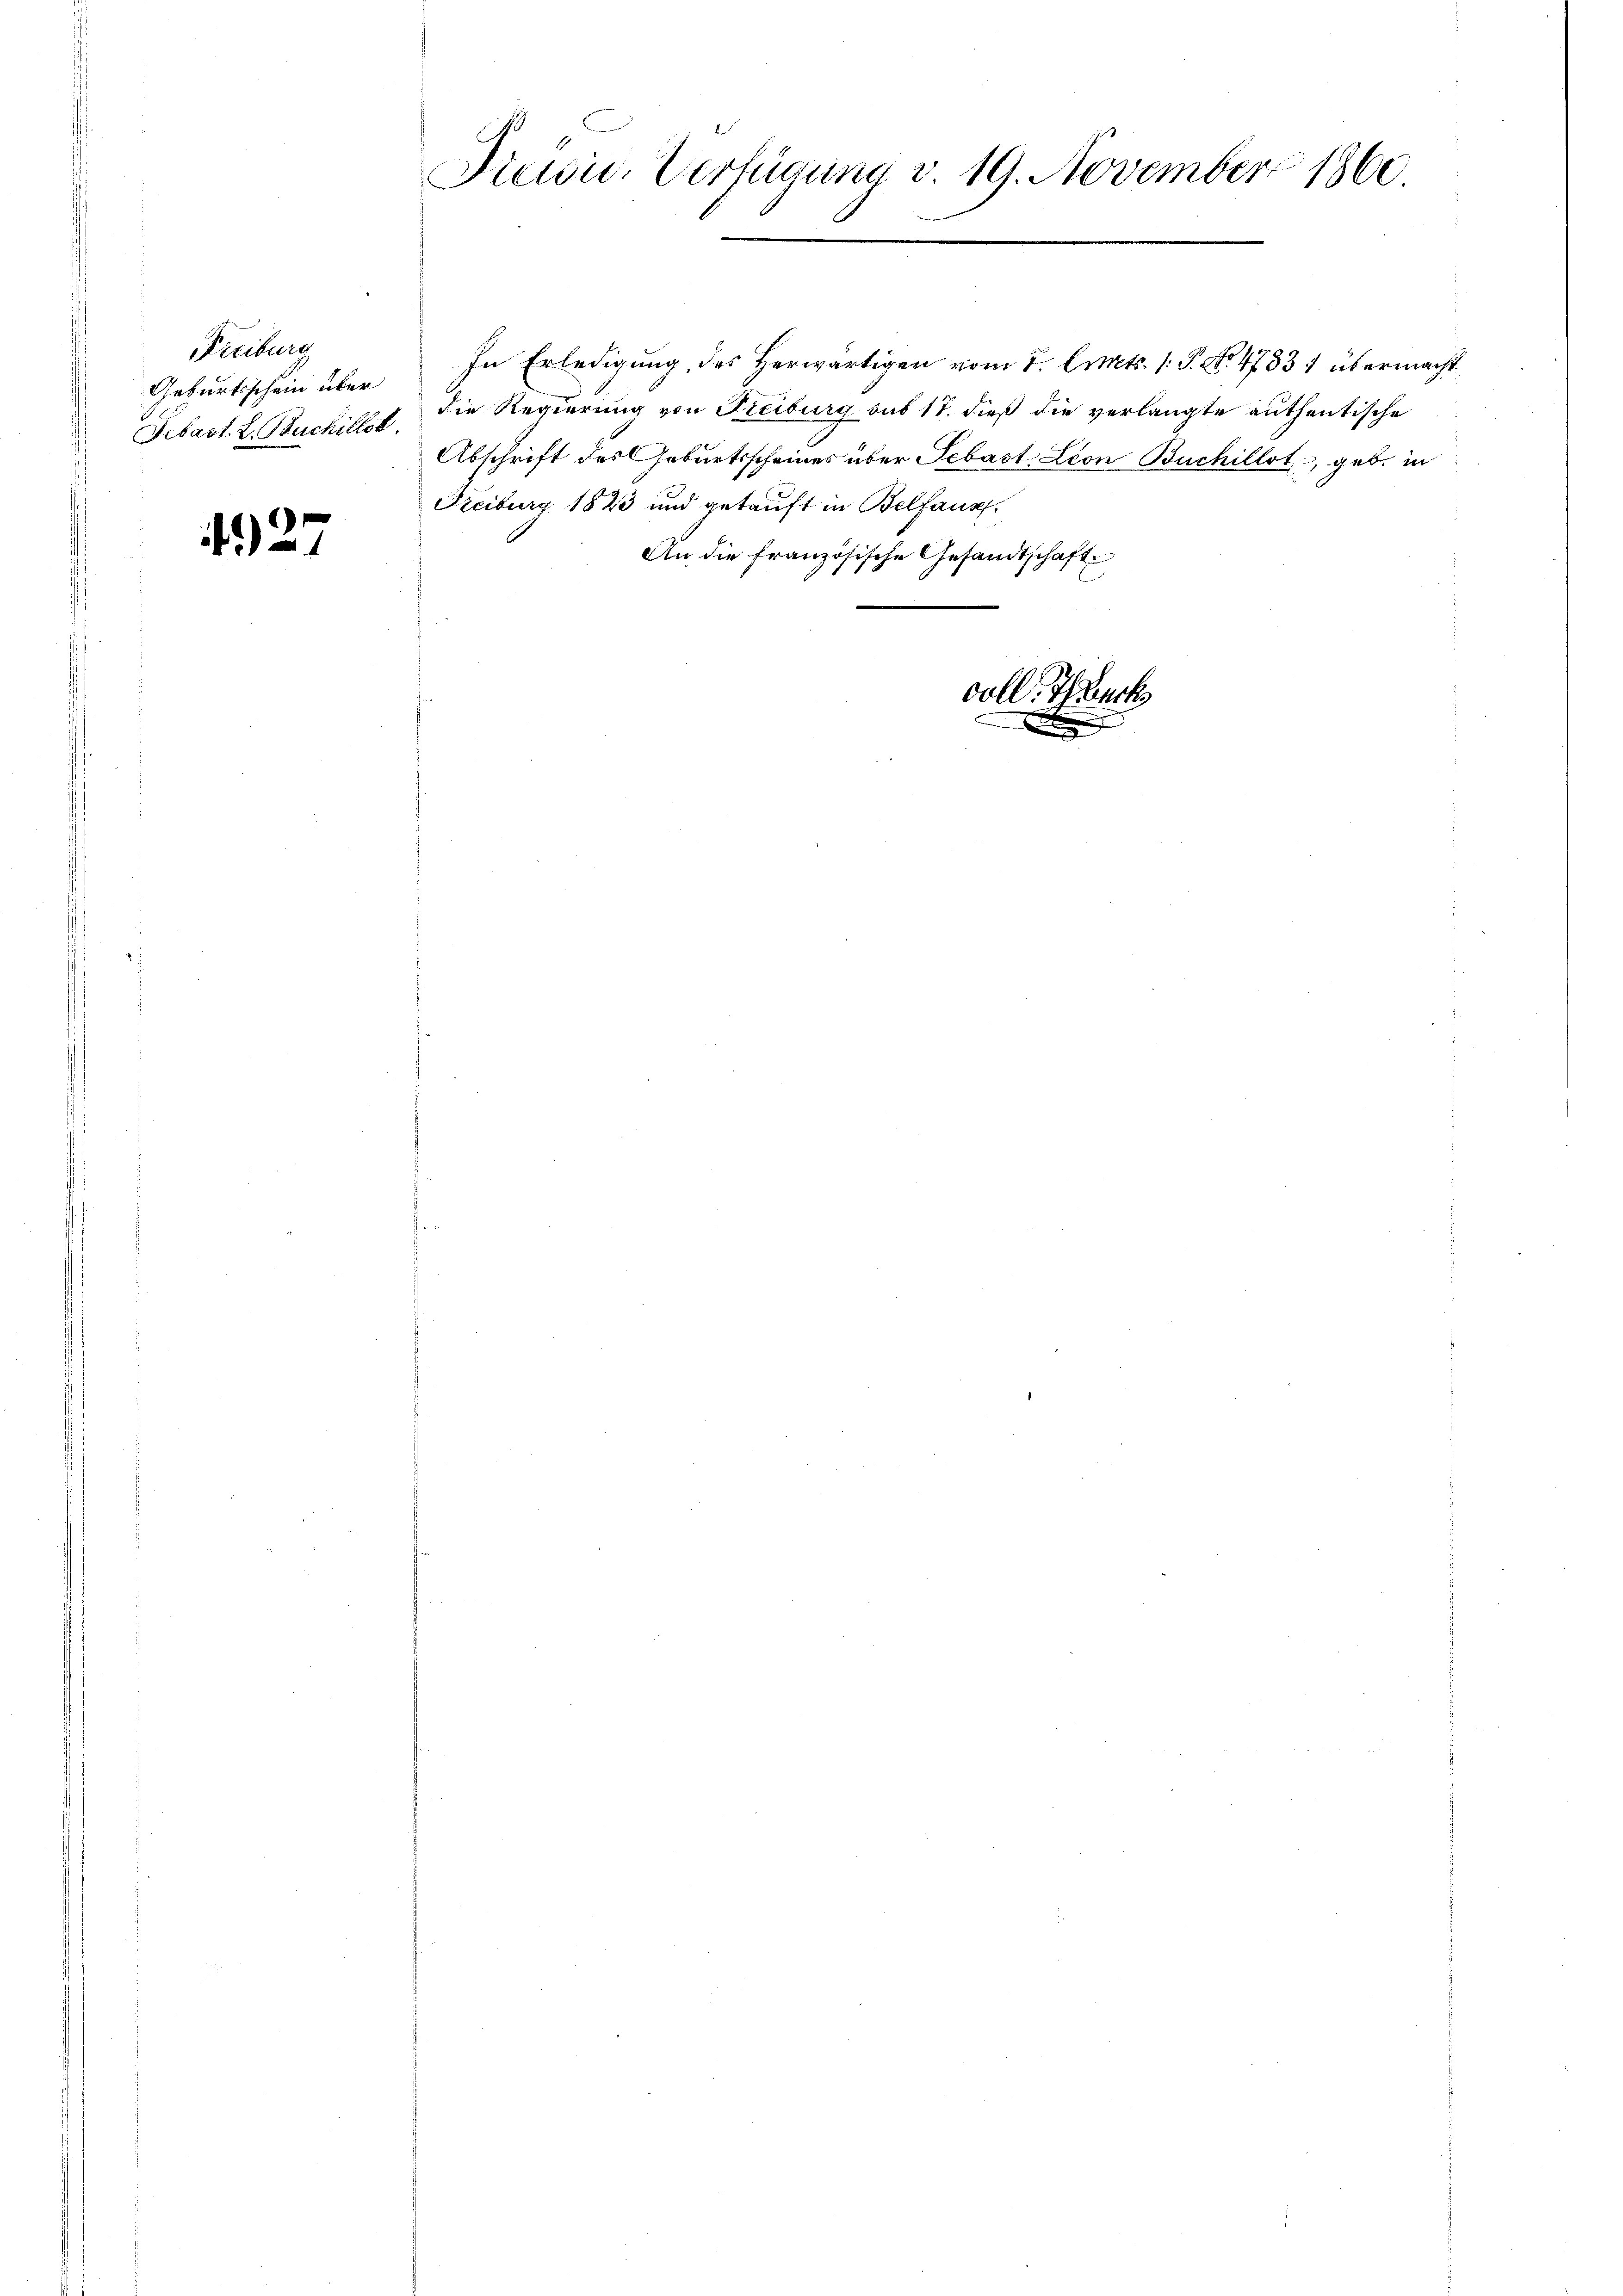
Freibung
Geburtsschein über
Febast. L. Buchillet.

427

be
1
Preisie-Verfügung v. 19. November 1860

Freiburg 1823 und getauft in Belfang
An die französische Gesandtschaft
voll. Thurk

In Erledigung des Herwärtigen vom 7. Cts. 1. P. Nr. 4783 1 übermacht
die Regierung von Freiburg sub 17. dieß die verlangte authentische
Abschrift des Geburtsscheines über Sebast. Leon Buchillet, geb. in